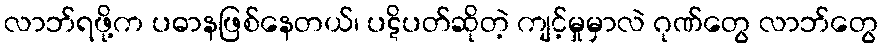
လာဘ်ရဖို့က ပဓာနဖြစ်နေတယ်၊ ပဋိပတ်ဆိုတဲ့ ကျင့်မှုမှာလဲ ဂုဏ်တွေ လာဘ်တွေ